Vital statistics of India. Vol. VI, European troops 1870-79
Year: 1870
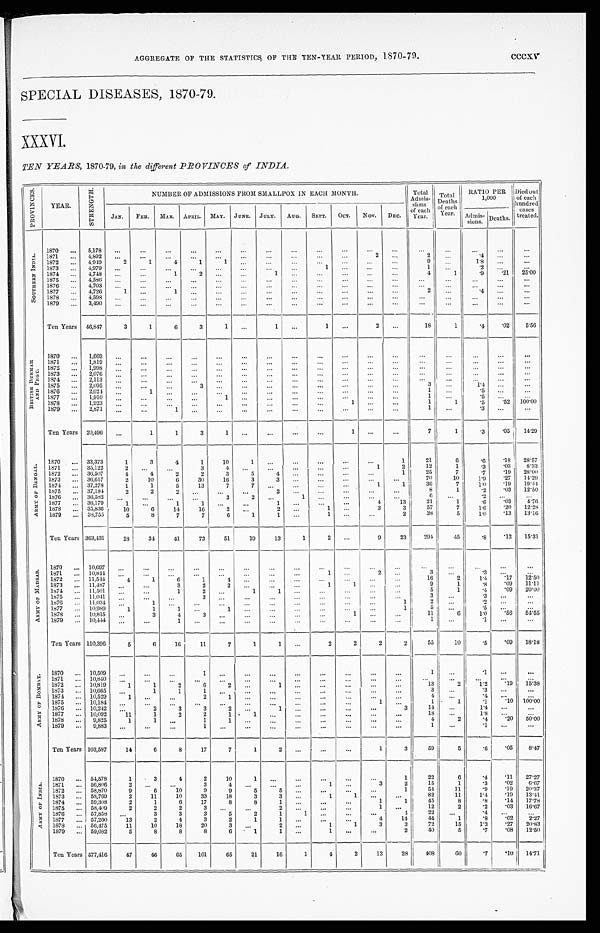
AGGREGATE OF THE STATISTICS OF THE TEN-YEAR PERIOD, 1870-79. cccxv
SPECIAL DISEASES, 1870-79.
XXXVI.
TEN YEARS, 1870-79, in the different PROVINCES of INDIA.
P R O V I N C E S .
YEAR.
S T R E NGT H.
NUMBER OF ADMISSIONS FROM SMALLPOX IN EACH MONTH.
Total
Admis-
sions
of each
Year.
Total
Deaths
of each
Year.
RATIO PER
1,000
Died out
of each
hundred
cases
treated.
JAN.
FEB. MAR. APRIL. MAY. JUNE. JULY. AUG. SEPT. OCT. NOV. DEC.
Admis-
sions. Deaths.
S O U T H E R N I N D I A .
1870 ... 5,178 ...
. . .
. . .
. . .
...
. . .
...
...
. . .
...
...
...
...
...
...
...
...
1871 ... 4,892
...
...
...
. . .
...
...
...
...
...
...
2
. . .
2
...
. 4
. . .
...
1872 ... 4,949
2
1
4
1
1
. . .
...
. . .
. . .
...
. . .
. . .
9
. . .
1.8
...
...
1873 ... 4,979
. . .
. . .
...
. . .
. . . ...
. . .
. . .
1 ...
. . .
...
1
. . .
. 2
. . . ...
1874 ... 4,748 ...
...
1
2
. . . ...
1
. . .
. . .
...
. . . ...
4
1
.9
.21
25.00
1875 ... 4,586
...
. . . ...
. . .
...
...
...
. . .
. . .
...
. . . ...
...
...
. . . ...
. . .
1876 ... 4,703
...
. . .
. . .
. . .
. . .
...
. . .
. . .
. . .
...
. . .
...
. . .
. . .
. . .
...
. . .
1877 ... 4,726
1
...
1
. . .
. . .
...
... ...
. . . ...
...
...
2
. . .
. 4
. . .
...
1878 ... 4,598 ...
. . .
. . .
. . .
. . .
...
. . .
. . .
. . .
...
. . .
...
. . .
. . .
...
. . . ...
1879 ... 3,490
. . .
. . .
...
. . .
...
...
. . .
. . .
...
...
...
. . .
. . . ...
...
...
...
Ten Years 46,847
3
1
6
3
1
...
1
...
1
...
2
...
18
1
.4
.02
5.56
B R I T I S H B U R M A H
A N D P E G U .
1870 ... 1,669
...
. . .
...
. . .
...
. . .
. . .
. . .
. . .
...
...
. . .
. . .
. . .
. . .
. . .
...
1871 ... 1,819
. . .
. . .
. . .
. . .
. . .
. . .
. . . ...
. . .
. . .
. . .
. . .
. . . ...
...
...
...
1872 ... 1,998
. . .
. . .
. . .
. . .
. . .
. . .
. . . ...
. . . ...
. . .
. . .
. . .
. . .
. . .
. . .
...
1873
. . .
2.076
. . .
. . . ...
. . .
...
. . .
. . .
. . .
. . .
. . .
. . .
. . .
. . . ...
. . .
... ...
1874 ... 2,113
. . .
. . .
. . .
. . .
. . . ...
. . .
. . .
. . . ...
. . . ...
. . .
. . .
...
. . .
...
1875 ... 2,095
. . .
. . .
...
3
. . . ...
. . .
. . .
. . .
. . . ...
...
3
. . .
1 . 4
. . . ...
1876 ... 2,024
. . .
1
...
. . .
. . .
. . .
. . .
...
. . . ...
...
...
1
...
. 5
. . . ...
1877 ... 1,910
. . .
. . .
...
. . .
1
. . .
. . .
. . .
. . . ...
. . .
. . .
1
. . .
. 5
. . .
. . .
1878 ... 1,923
. . .
. . .
. . .
. . .
. . .
. . .
. . . ...
. . .
1
. . .
. . .
1
1
.5
.52 100.00
1879 ... 2,871
. . . ...
1
. . .
...
...
. . .
. . .
. . .
...
. . .
. . .
1
...
. 3
. . .
. . .
Ten Years 20,496
. . .
1
1
3
1
...
. . .
...
...
1
...
...
7
1 .3
.05
14.29
A R M Y O F B E N G A L .
1870 ... 33,373
1
3
4
1
10
1
...
...
...
...
. . .
1
21
6
.6
. 1 8 28.57
1871 ... 35,122
2
. . .
. . .
3
4
...
. . .
...
. . .
...
1
2
12
1
.3
.03
8.33
1872 ... 36,507
4
4
2
2
3
5
4 ...
...
...
. . .
1
25
7
.7
.19
28.00
1873 ... 36,617
2
10
6
30
16
3
3 ...
...
. . .
. . . ...
70
10
1.9
.27
14.29
1874 ... 37,278
1
1
5
13
7
7
. . .
...
...
. . .
1
1
36
7
1.0
.19
19.44
1875 ... 37,184
2
2
2
. . .
. . . ...
2 ...
. . . ...
...
. . .
8
1
.2
.03
12.50
1876 ... 36,582 ...
...
...
. . .
3
2
. . .
1
...
...
...
. . .
6
. . .
. 2
. . . ...
1877 ... 36,179
1
...
1
1
...
. . .
1
...
. . .
. . .
4
13
21
1
.6
.03
4.76
1878 ... 35,836
10
6
14
16
2
. . .
2 ...
1 ...
3
3
57
7
1.6
.20
12.28
1879 ... 38,755
5
8
7
7
6
1
1
...
1
...
...
2
38
5
1 . 0
.13
13.16
Ten Years 363,431
28
34
41
73
51
19
13
1
2 ...
9
23
294
45 .8
.12 15.31
A R M Y O P M A D R A S .
1870 ... 10,697
. . .
...
. . .
. . .
...
...
. . .
. . .
. . .
...
. . .
. . . ...
. . .
...
. . .
...
1871 ... 10,844
. . .
. . .
. . . . . .
. . .
. . .
. . .
...
1 ...
2
. . .
3
...
. 3
. . .
. . .
1872 ... 11,544
4
1
6
1
4
. . .
. . . ...
. . .
...
. . .
. . .
16
2
1.4
.17
12.50
1873 ... 11,487
...
...
3
2
2
. . .
. . . ...
1 1
. . .
. . .
9
1
.8
.09 11.11
1874 ... 11,501
. . .
...
1
2
. . .
1
1
. . .
. . .
...
. . .
. . .
5
1
.4
.09
20.00
1875 ... 11,041
. . .
. . .
. . .
3
. . . ...
... ...
...
. . . ...
. . .
3
. . .
. 3
. . .
...
1876 ... 11,034
. . .
1
. . .
. . .
. . .
. . .
. . .
...
. . . ...
...
1
2
. . .
.2
. . . ...
1877 ... 10,989
1
1
1
. . .
1
. . .
. . . ...
. . . ...
. . .
1
5
. . .
. 5
. . .
. . .
1878 ... 10,815
. . .
3
4
3
. . .
. . .
. . . ...
...
1
. . . ...
11
6
1.0
.56
5 4 . 5 5
1879 ... 10,444
. . . ...
1 ...
. . . ...
. . .
...
...
. . .
. . . ...
1
...
. 1
. . .
...
Ten Years 110,396
5
6
16
11
7
1
1
...
2
2
2
2
55
10
.5
.09
18.18
A R M Y O F B O M B A Y .
1870 ... 10,509
. . .
...
...
1
...
...
...
...
...
...
. . .
...
1
...
. 1
. . .
...
1871 ... 10,840
...
. . .
...
...
. . .
. . .
...
...
...
...
...
. . . ...
...
...
...
. . .
1872 ... 10,819
1
1
2
6
2
...
1 ...
. . . ...
. . .
. . .
13
2
1.2
.19
15.38
1873 ... 10,665
. . .
1
1
1
. . .
. . .
. . . ...
...
...
...
...
3
. . .
. 3
. . . ...
1874 ... 10,529
1
...
...
2
1
...
. . .
...
...
. . .
...
. . .
4
. . .
. 4
. . .
. . .
1875 ... 10,184
. . .
. . .
. . .
...
...
. . .
...
. . .
...
...
1
...
1
1
.1
.10 100.00
1876 ... 10,242
...
2
3
3
2
. . .
1
. . .
...
...
. . .
3
14
...
1.4 ...
...
1877 ... 10,092
11
1
2
2
1
1
...
. . .
...
...
. . . ...
18
...
1.8
...
. . .
1878 ... 9,825
1
1
. . .
1
1
...
...
...
. . . ...
...
. . .
4
2
.4
.20 50.00
1879 ... 9,883
...
...
. . .
1
...
...
...
...
...
...
. . .
. . .
1
...
. 1
. . .
...
Ten Years 103,587
14
6
8
17
7
1
2
. . .
...
...
1
3
59
5
.6
.05
8.47
A R M Y O F I N D I A .
1870 ... 54,578
1
3
4
2
10
1
. . .
...
...
...
. . .
1
22
6 .4
.11
27.27
1871
. . . 56,806
2
...
...
3
4
. . .
. . .
. . .
1 ...
3
2
15
1
.3
.02
6.67
1872
. . . 58,870
9
6
10
9
9
5
5
...
...
...
...
1
54
11
.9
.19
20.37
1873 ... 58,769
2
11
10
33
18
3
3
. . .
1
1
...
. . .
82
11
1.4
.19
13.41
1874 ... 59,308
2
1
6
17
8
8
1
...
...
...
1
1
45
8
.8
.14
17.78
1875 ... 58,409
2
2
2
3
. . .
. . .
2
. . .
... ...
1
...
12
2
.2
.03
16.67
1876 ... 57,858
...
3
3
3
5
2
1
1
...
...
...
4
22
...
. 4
. . .
...
1877 ... 57,260
13
2
4
3
2
1
1
...
. . .
...
4
14
44
1
. 8
.02
2.27
1878 ... 56,475
11
10
18
20
3
. . .
2
. . .
1
1
3
3
72
15
1.3
.27
20.83
1879 ... 59,082
5
8
8
8
6
1
1
...
1
...
...
2
40
5
. 7
.08 12.50
Ten Years 577,416
47
46
65
101
65
21
16
1
4
2
12
28
408
60
.7
.10 14.71